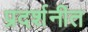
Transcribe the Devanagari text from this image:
प्रदर्शनीत